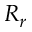
R _ { r }